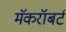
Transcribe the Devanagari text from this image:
मॅकरॉबर्ट